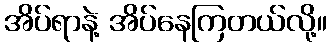
အိပ်ရာနဲ့ အိပ်နေကြတယ်လို့။